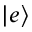
| e \rangle